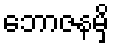
ဘောဇနမှိ